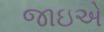
જાઇએ